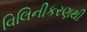
વિલિનીકરણથી